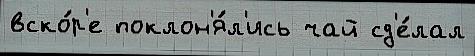
вско́р'е поклон'я́л'ись чай сд'е́лал